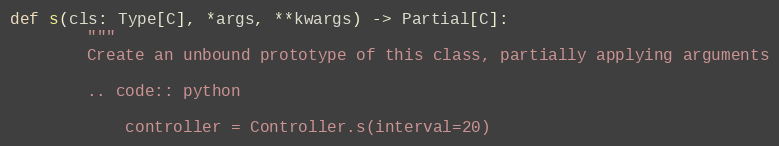
Language: Python
def s(cls: Type[C], *args, **kwargs) -> Partial[C]:
        """
        Create an unbound prototype of this class, partially applying arguments

        .. code:: python

            controller = Controller.s(interval=20)